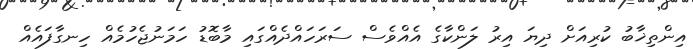
އިންތިޚާބު ކުރިއަށް ދިޔަ އިރު ލަންކާގެ އެއްވެސް ސަރަހައްދެއްގައި މާބޮޑު ހަމަނުޖެހުމެއް ހިނގާފައެއް